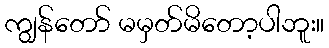
ကျွန်တော် မမှတ်မိတော့ပါဘူး။